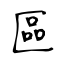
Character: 區